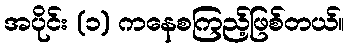
အပိုင်း (၁) ကနေစကြည့်ဖြစ်တယ်။